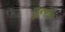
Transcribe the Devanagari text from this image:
सुहरोब